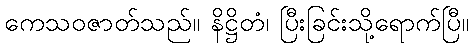
ကေသဝဇာတ်သည်။ နိဋ္ဌိတံ၊ ပြီးခြင်းသို့ရောက်ပြီ။